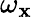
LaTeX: \omega_{\mathbf{x}}